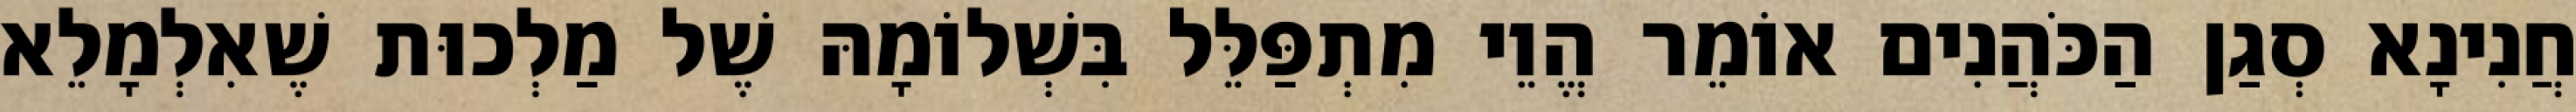
חֲנִינָא סְגַן הַכֹּהֲנִים אוֹמֵר הֱוֵי מִתְפַּלֵּל בִּשְׁלוֹמָהּ שֶׁל מַלְכוּת שֶׁאִלְמָלֵא